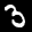
Label: 3